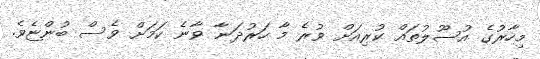
މިހާރުގެ އުސޫލުތައް ކުރިއަށް ވުރެ މާ ހަރުދަނާ ވާނެ ކަމަށް ވެސް ބުންޏެވެ.